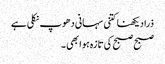
ذرا دیکھنا کتنی سہانی دھوپ نکلی ہے
صبح صبح کی تازہ ہوا بھی ۔